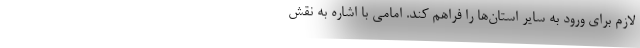
لازم برای ورود به سایر استان‌ها را فراهم کند. امامی با اشاره به نقش